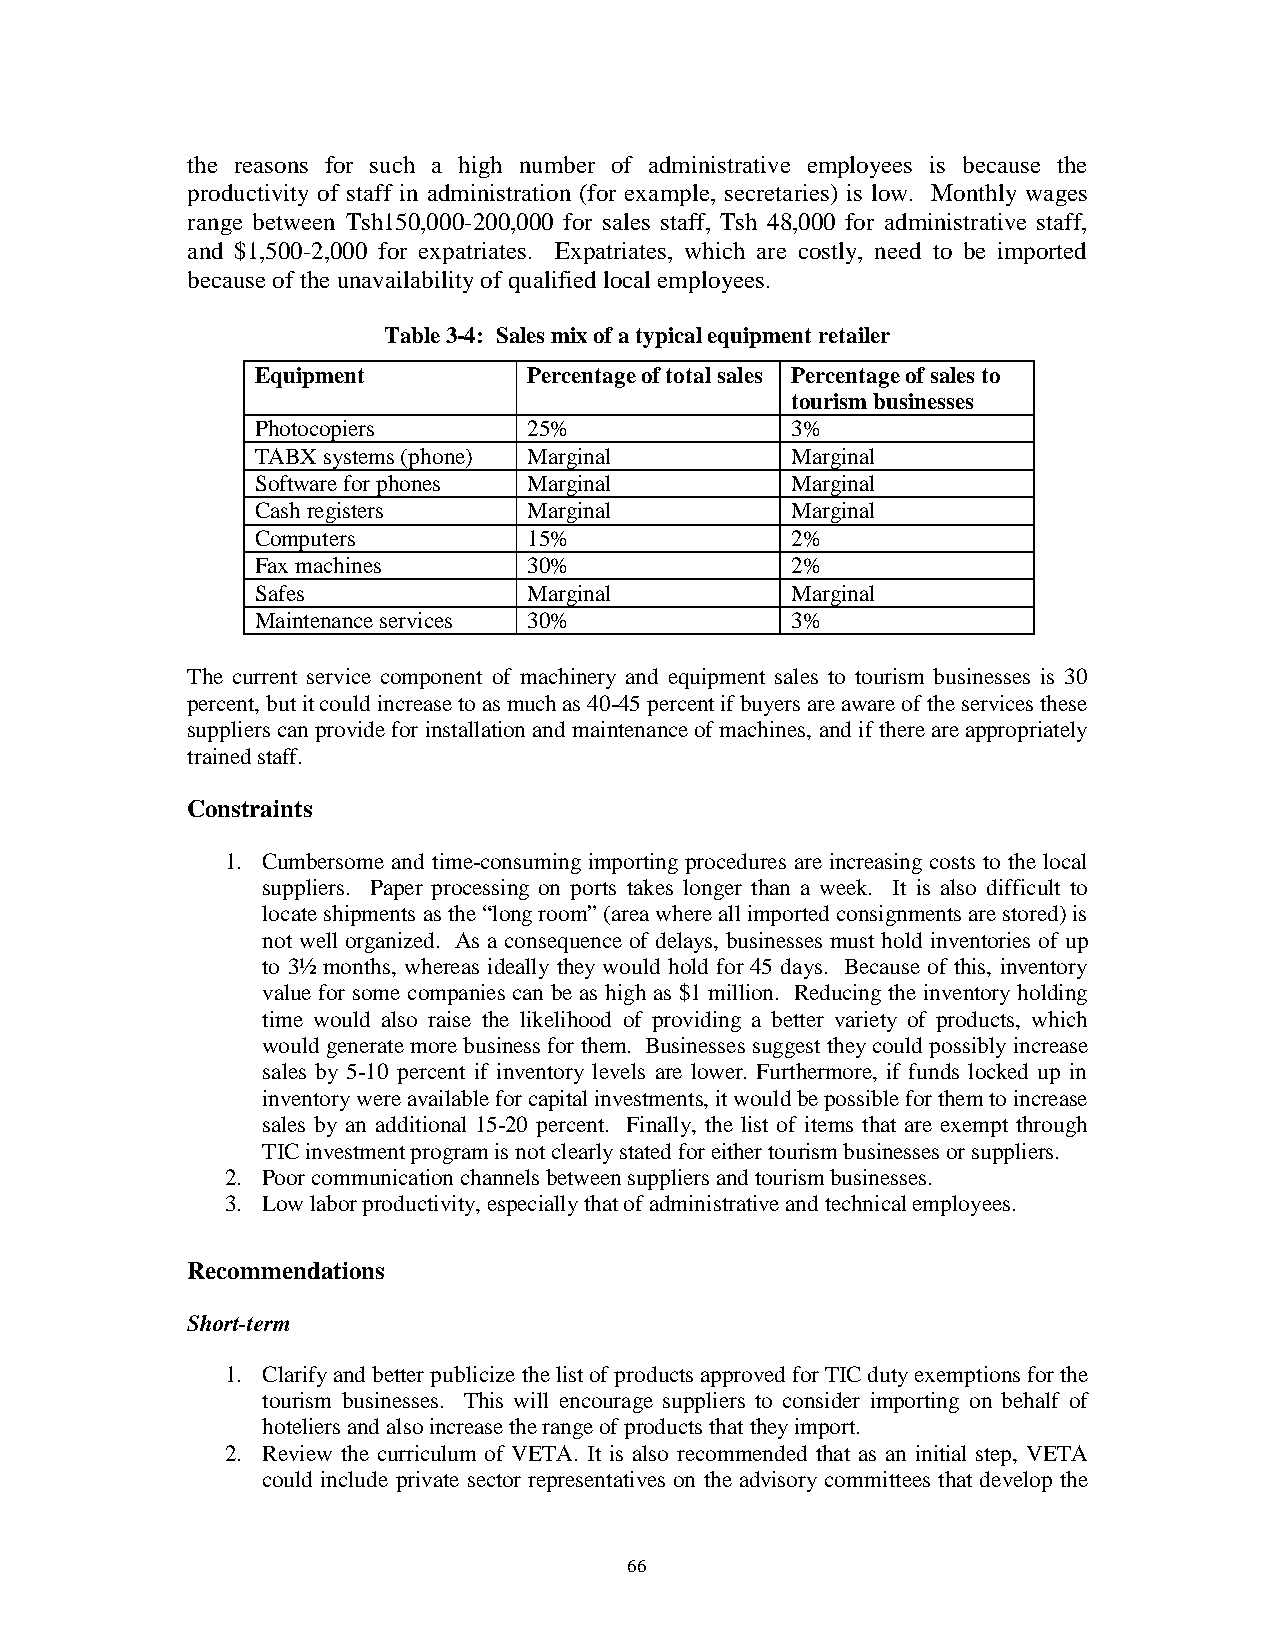
the reasons for such a high number of administrative employees is because the
 productivity of staff in administration (for example, secretaries) is low. Monthly wages
 range between Tsh150,000-200,000 for sales staff, Tsh 48,000 for administrative staff,
 and $1,500-2,000 for expatriates. Expatriates, which are costly, need to be imported
 because of the unavailability of qualified local employees.
 Table 3-4: Sales mix of a typical equipment retailer
 Equipment         Percentage of total sales Percentage of sales to
 tourism businesses
 Photocopiers      25%              3%
 TABX systems (phone) Marginal      Marginal
 Software for phones Marginal       Marginal
 Cash registers    Marginal         Marginal
 Computers         15%              2%
 Fax machines      30%              2%
 Safes             Marginal         Marginal
 Maintenance services 30%           3%
 The current service component of machinery and equipment sales to tourism businesses is 30
 percent, but it could increase to as much as 40-45 percent if buyers are aware of the services these
 suppliers can provide for installation and maintenance of machines, and if there are appropriately
 trained staff.
 Constraints
 1. Cumbersome and time-consuming importing procedures are increasing costs to the local
 suppliers. Paper processing on ports takes longer than a week. It is also difficult to
 locate shipments as the “long room” (area where all imported consignments are stored) is
 not well organized. As a consequence of delays, businesses must hold inventories of up
 to 3½ months, whereas ideally they would hold for 45 days. Because of this, inventory
 value for some companies can be as high as $1 million. Reducing the inventory holding
 time would also raise the likelihood of providing a better variety of products, which
 would generate more business for them. Businesses suggest they could possibly increase
 sales by 5-10 percent if inventory levels are lower. Furthermore, if funds locked up in
 inventory were available for capital investments, it would be possible for them to increase
 sales by an additional 15-20 percent. Finally, the list of items that are exempt through
 TIC investment program is not clearly stated for either tourism businesses or suppliers.
 2. Poor communication channels between suppliers and tourism businesses.
 3. Low labor productivity, especially that of administrative and technical employees.
 Recommendations
 Short-term
 1. Clarify and better publicize the list of products approved for TIC duty exemptions for the
 tourism businesses. This will encourage suppliers to consider importing on behalf of
 hoteliers and also increase the range of products that they import.
 2. Review the curriculum of VETA. It is also recommended that as an initial step, VETA
 could include private sector representatives on the advisory committees that develop the
 66